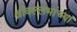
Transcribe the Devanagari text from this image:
श्रीवल्लभांच्या